Leaving Certificate Examination (including Day School Certificate (Higher) General paper), 1937
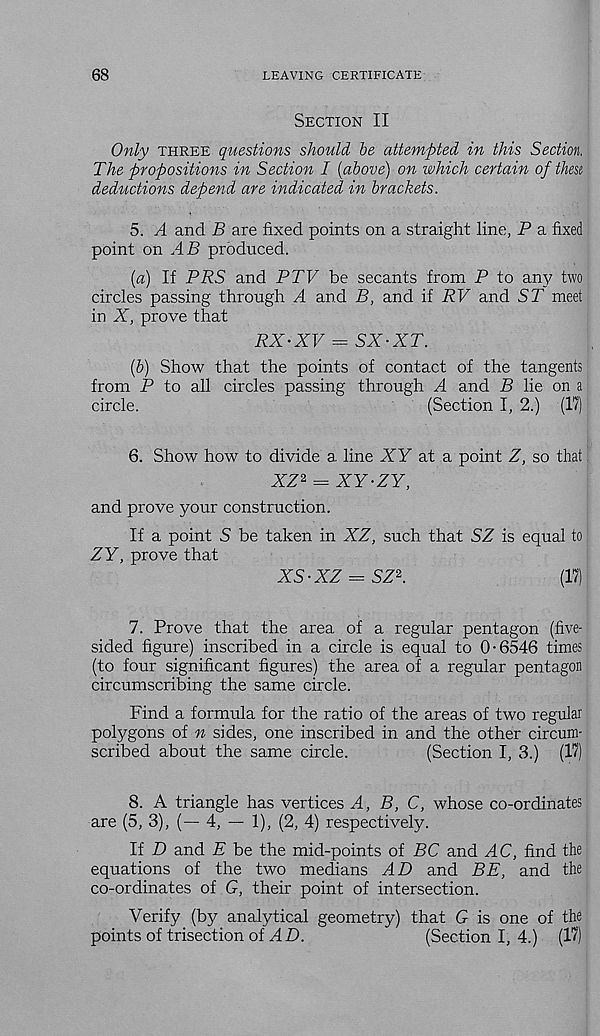
68
LEAVING CERTIFICATE
Section II
Only three questions should be attempted in this Section.
The propositions in Section I [above) on which certain of thesi
deductions depend are indicated in brackets.
5. A and B are fixed points on a straight line, P a fixed
point on AB produced.
[a] If PRS and PTF be secants from P to any two
circles passing through A and B, and if RV and ST meet
in X, prove that
RX-XV = SX-XT.
(b) Show that the points of contact of the tangents
from P to all circles passing through A and B lie on a
circle.
(Section I, 2.) (17)
6. Show how to divide a line XY at a point Z, so that
XZ 2 = XY-ZY,
and prove your construction.
If a point S be taken in XZ, such that SZ is equal to
ZY, prove that
XS-XZ = SZ 2 .
(17)
7. Prove that the area of a regular pentagon (five-
sided figure) inscribed in a circle is equal to 0-6546 times
(to four significant figures) the area of a regular pentagon
circumscribing the same circle.
Find a formula for the ratio of the areas of two regular
polygons of n sides, one inscribed in and the other circum-
scribed about the same circle.
(Section I, 3.) (17)
8. A triangle has vertices A, B, C, whose co-ordinates
are (5, 3), (— 4, — 1), (2, 4) respectively.
If D and E be the mid-points of BC and AC, find the
equations of the two medians AD and BE, and the
co-ordinates of G, their point of intersection.
Verify (by analytical geometry) that G is one of the
points of trisection of ZD.
(Section I, 4.) (17)